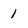
Character: 1